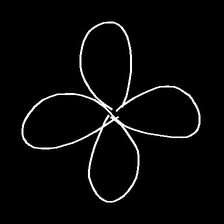
Glyph: billowing